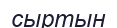
сыртын